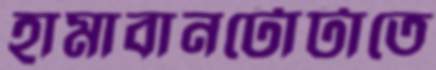
হামাবানটোটাতে